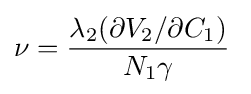
\nu ={\frac {\lambda _{2}(\partial V_{2}/\partial C_{1})}{N_{1}\gamma }}\;